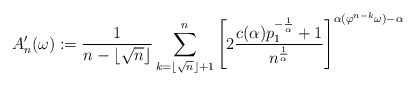
\begin{align*} A_n^\prime(\omega) := \frac{1}{n-\lfloor \sqrt{n}\rfloor} \sum_{k=\lfloor \sqrt{n}\rfloor+1}^n \left[2 \frac{c(\alpha) p_1^{-\frac{1}{\alpha}}+1}{n^{\frac{1}{\alpha}}}\right]^{\alpha(\varphi^{n-k} \omega) - \alpha} \end{align*}